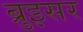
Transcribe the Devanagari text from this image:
ब्रुइसर